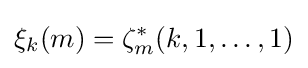
\xi _{k}(m)=\zeta _{m}^{*}(k,1,\ldots ,1)